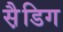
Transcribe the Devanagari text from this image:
स़ैडिग